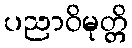
ပညာဝိမုတ္တိ